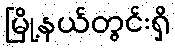
မြို့နယ်တွင်းရှိ